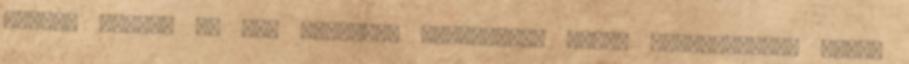
Eclair vagyok Az elf istennőd Jutalomból mivel megmentettél kapsz